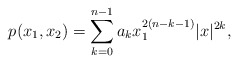
\begin{align*} p(x_1,x_2)=\sum_{k=0}^{n-1} a_k x_1^{2(n-k-1)}|x|^{2k},\end{align*}